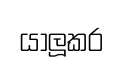
යාලූකර